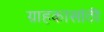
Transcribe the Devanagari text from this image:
ग्राहकासांठी